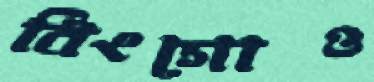
বিংগোও